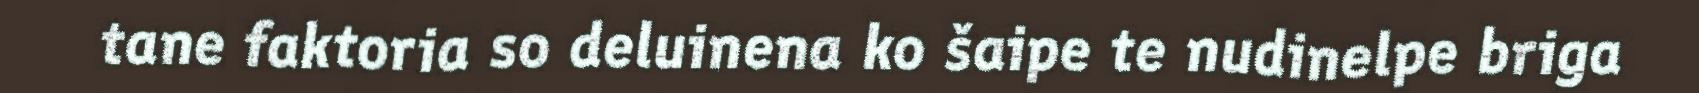
tane faktoria so deluinena ko šaipe te nudinelpe briga